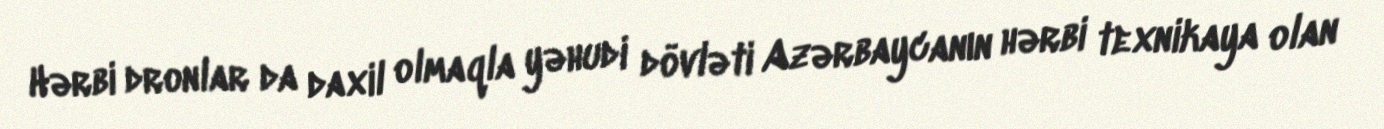
Hərbi dronlar da daxil olmaqla yəhudi dövləti Azərbaycanın hərbi texnikaya olan